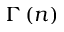
\Gamma \left( n \right)